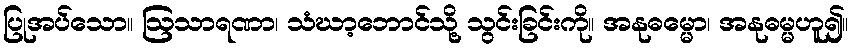
ပြုအပ်သော။ ဩသာရဏာ၊ သံဃာ့ဘောင်သို့ သွင်းခြင်းကို။ အနုဓမ္မော၊ အနုဓမ္မဟူ၍။